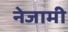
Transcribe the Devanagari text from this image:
नेजामी